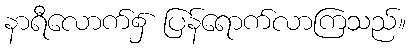
နာရီလောက်၌ ပြန်ရောက်လာကြသည်။